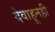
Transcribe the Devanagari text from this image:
देवाहूनही